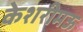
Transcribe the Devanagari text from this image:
केशरीमऊ